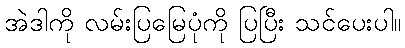
အဲဒါကို လမ်းပြမြေပုံကို ပြပြီး သင်ပေးပါ။